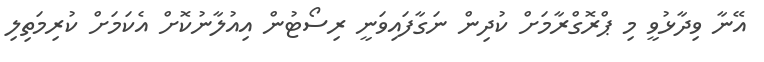
އޭނާ ވިދާޅުވީ މި ޕްރޮގްރާމަށް ކުދިން ނަގާފައިވަނީ ރިސޯޓުން އިއުލާނުކޮށް އެކަމަށް ކުރިމަތިލި